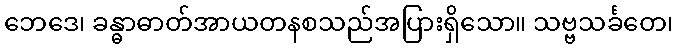
ဘေဒေ၊ ခန္ဓာဓာတ်အာယတနစသည်အပြားရှိသော။ သဗ္ဗသင်္ခတေ၊